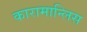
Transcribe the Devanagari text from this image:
कारामान्लिस